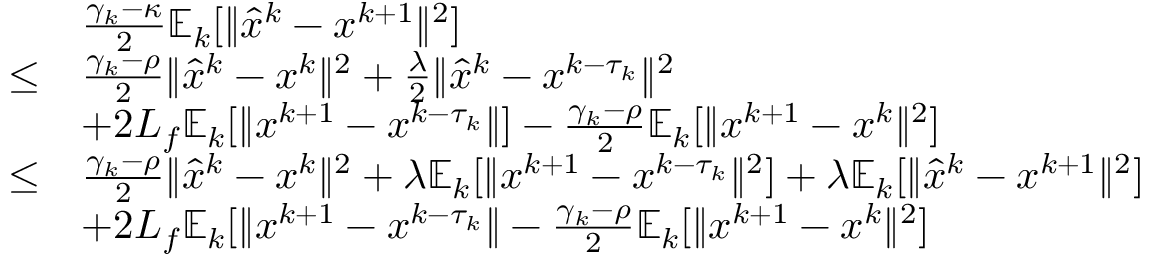
\begin{array} { r l } & { \frac { \gamma _ { k } - \kappa } { 2 } \mathbb { E } _ { k } [ \| \hat { x } ^ { k } - x ^ { k + 1 } \| ^ { 2 } ] } \\ { \leq } & { \frac { \gamma _ { k } - \rho } { 2 } \| \hat { x } ^ { k } - x ^ { k } \| ^ { 2 } + \frac { \lambda } { 2 } \| \hat { x } ^ { k } - x ^ { k - \tau _ { k } } \| ^ { 2 } } \\ & { + 2 L _ { f } \mathbb { E } _ { k } [ \| x ^ { k + 1 } - x ^ { k - \tau _ { k } } \| ] - \frac { \gamma _ { k } - \rho } { 2 } \mathbb { E } _ { k } [ \| x ^ { k + 1 } - x ^ { k } \| ^ { 2 } ] } \\ { \leq } & { \frac { \gamma _ { k } - \rho } { 2 } \| \hat { x } ^ { k } - x ^ { k } \| ^ { 2 } + \lambda \mathbb { E } _ { k } [ \| x ^ { k + 1 } - x ^ { k - \tau _ { k } } \| ^ { 2 } ] + \lambda \mathbb { E } _ { k } [ \| \hat { x } ^ { k } - x ^ { k + 1 } \| ^ { 2 } ] } \\ & { + 2 L _ { f } \mathbb { E } _ { k } [ \| x ^ { k + 1 } - x ^ { k - \tau _ { k } } \| - \frac { \gamma _ { k } - \rho } { 2 } \mathbb { E } _ { k } [ \| x ^ { k + 1 } - x ^ { k } \| ^ { 2 } ] } \end{array}